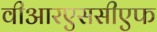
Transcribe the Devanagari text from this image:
वीआरएससीएफ